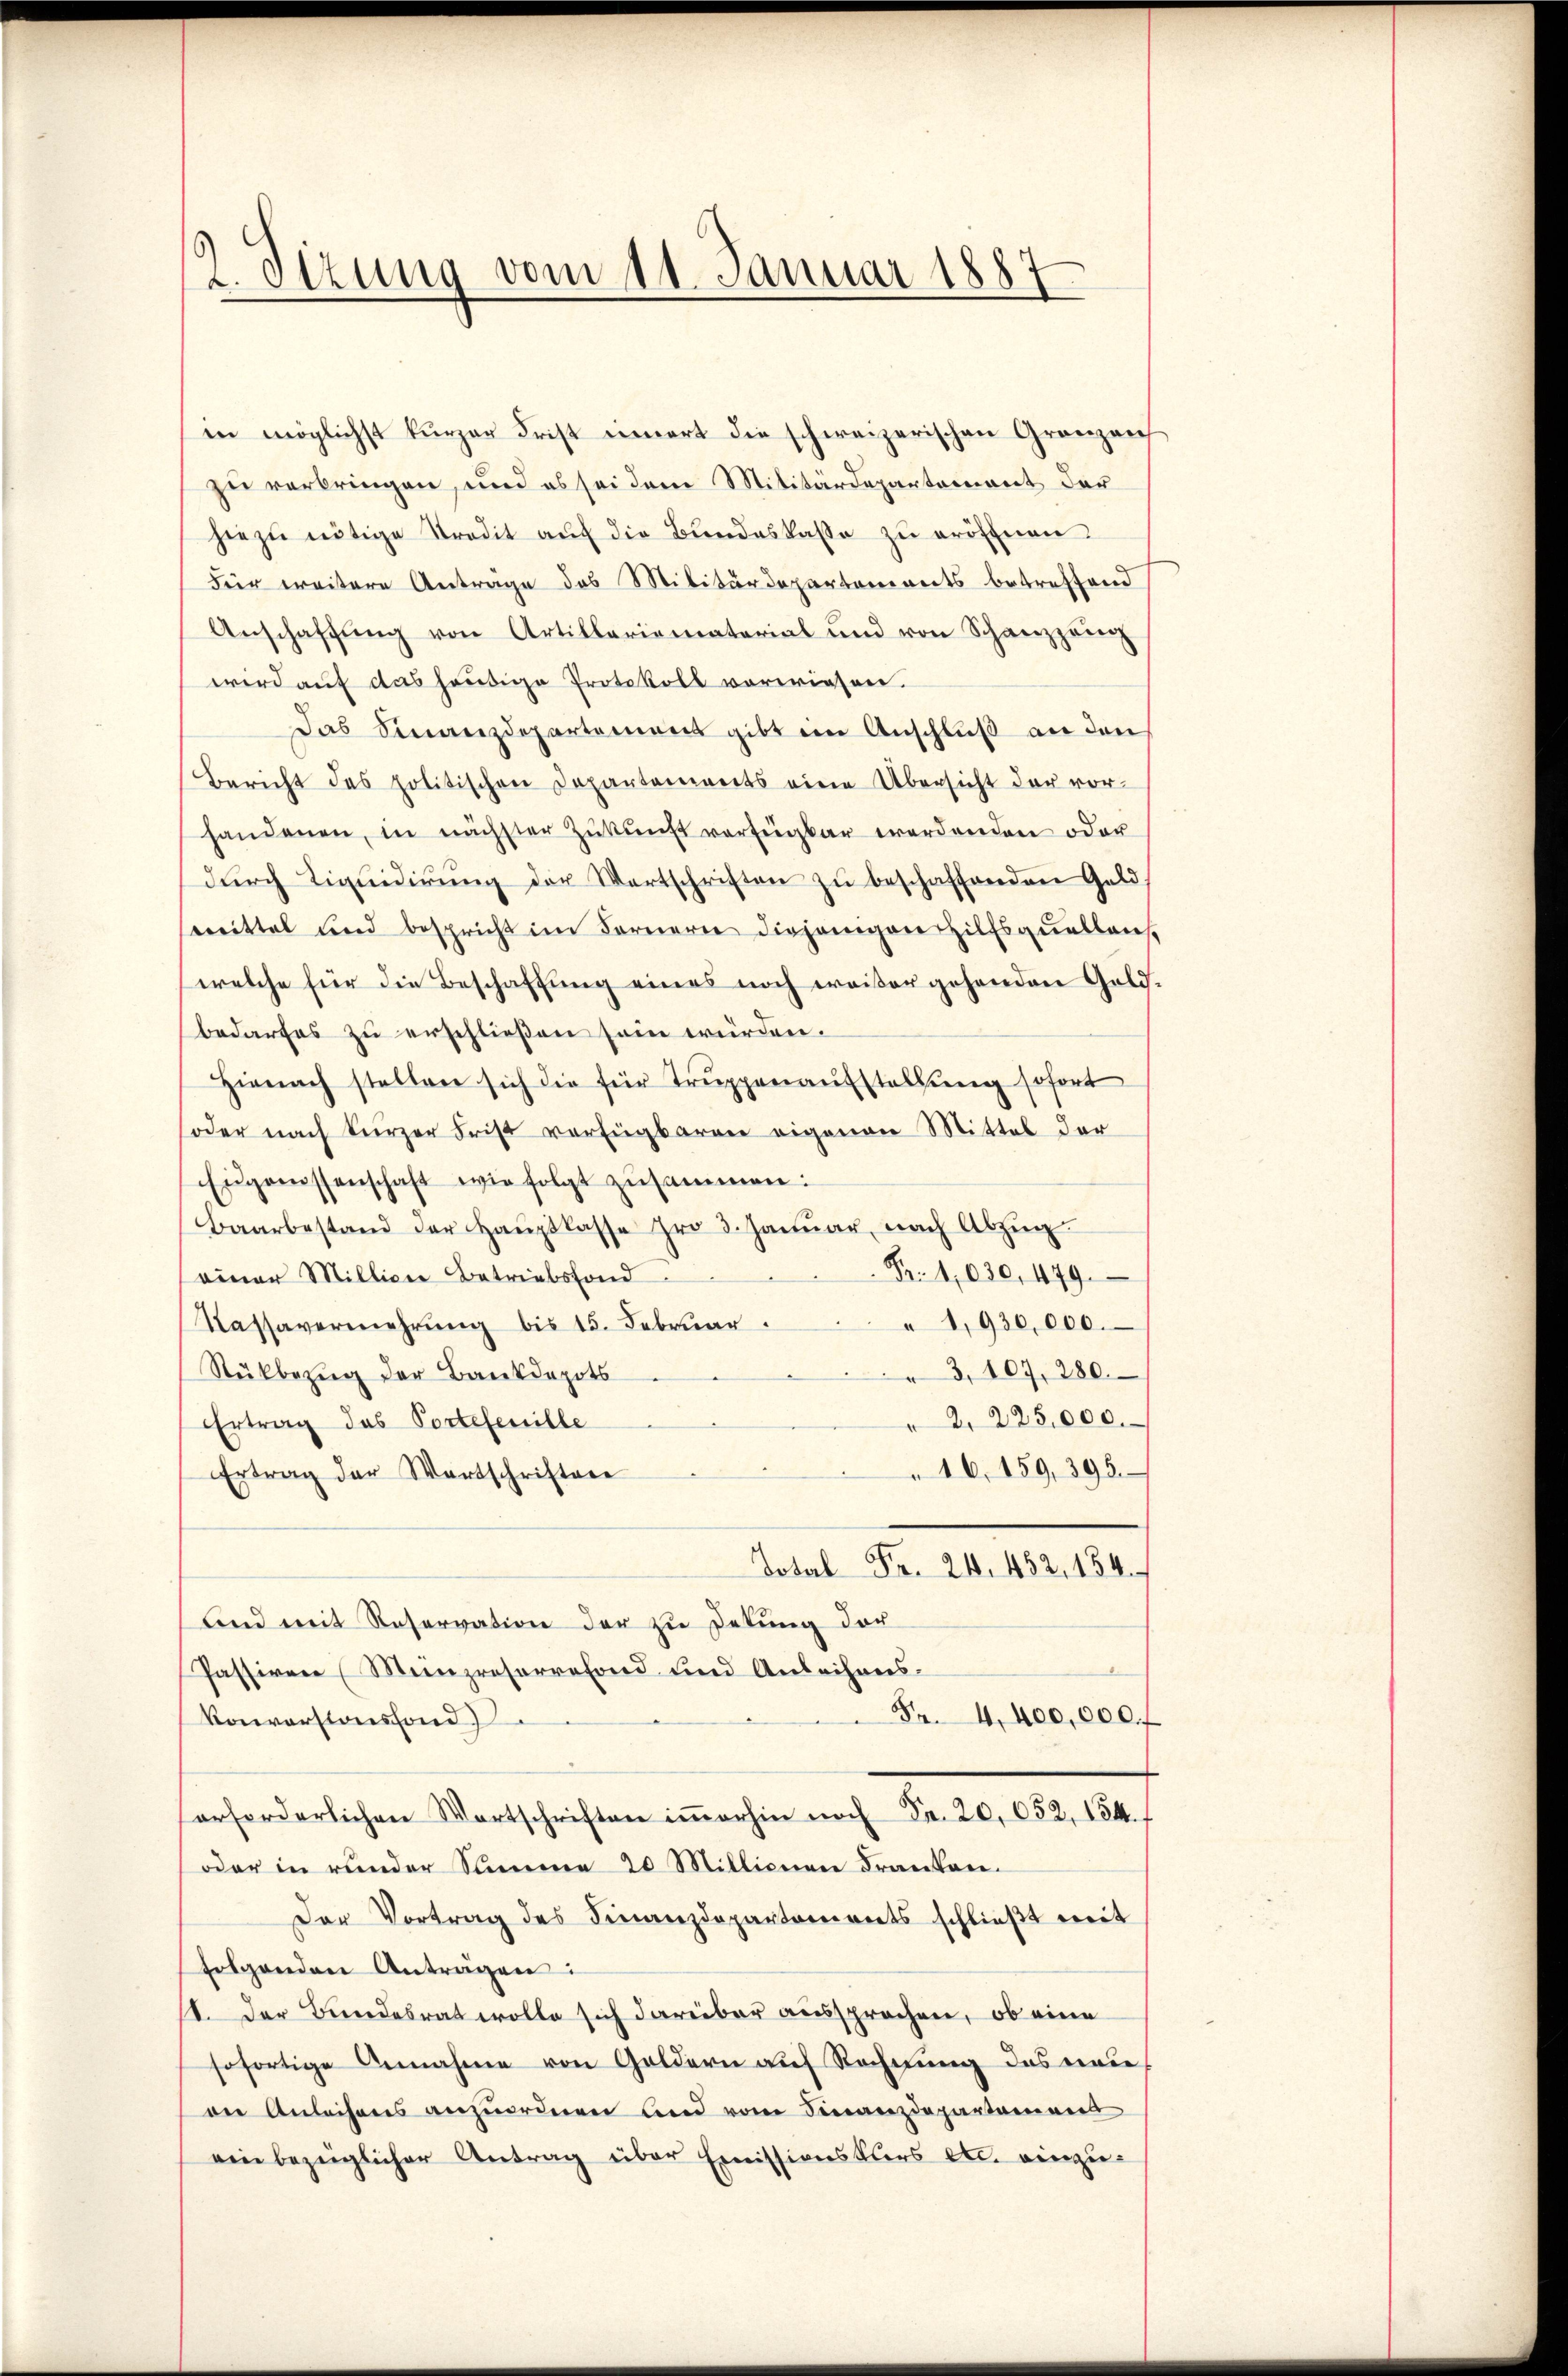
2 Sizung vom 11. Januar 1887

in möglichst kurzer Frist innert die schweizerischen Gränzen
zu verbringen, und es sei dem Militärdepartement der
hiezu nötige Stradit auf die Bundeskasse zu eröffnen.
Für weitere Anträge des Militärdepartements betreffend
Anschaffung von Artillariomaterial und von Schanzzug
wird auf das heutige Protokoll vorwiesen.
Das Finanzdepartement gibt ein Anschluß an den
Bericht des politischen Departements eine Übersicht der vor-
handenen, in nächster Zŭkŭnft verfügbar werdenden oder
dŭrch Liqŭidierŭng der Wartschriften zŭ beschaffenden Geld
smittel und bespricht im Fornern diejenigere Hilfsquelleich
welche für die Beschaffung eines noch weißer gehenden Geldbedarfes zu erschließen sein würden.
Hienach stellen sich die für Trŭppenaŭfstellŭng sofort
soder nach kurzer Frist verfügbaren eigenen Mittel der
Eŭgenossenschaft wie folgt zusammen:
Baarbestand der Haŭptlasse pro 3. Janŭar nach Abzŭg
Fr. 1030, 479.
einer Millione Betriebsfond
" 1,930,000.
Kassavermehrung bis 15. Februar.
Rükbezug der Bankdepots
3, 107, 280.
2. 225,000.
Ertrag das Portetenille
16, 159, 395.
Ertrag der Wartschriftere
Total Fr. 24. 482. 154.
und mit Reservation der zu Detung der
Passiven (Münzreserrefond und Anleihens.
Fr. 4400,000 f
Konverstossfond
erforderlichen Wortschriften iṁerhin noch Fr. 20,052, 134.
oder in runder Summe 20 Millionen Franken¬
Der Vortrag des Finanzdepartaments schlieβt weit
folgenden Antragen:
1. Der Bundesrat wolle sich darüber aussprochen, ob eine
sofortige Annahme von Goldern auf Rechnung des neue
on Anleihens anzŭordnen und vom Finanzdepartement
ein bezüglicher Antrag über Emissionskurs etc. einzu¬